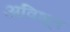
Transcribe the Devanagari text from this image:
अविभूत